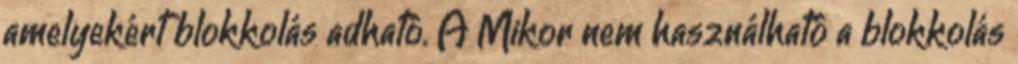
amelyekért blokkolás adható. A Mikor nem használható a blokkolás